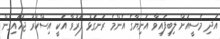
އަދި މެސީއަށް ލިބިފައިވާ އަނިޔާގެ އެންމެ ރަނގަޅު ފަރުވާ އަކީ އިސްކުރު ޖަހައިގެން